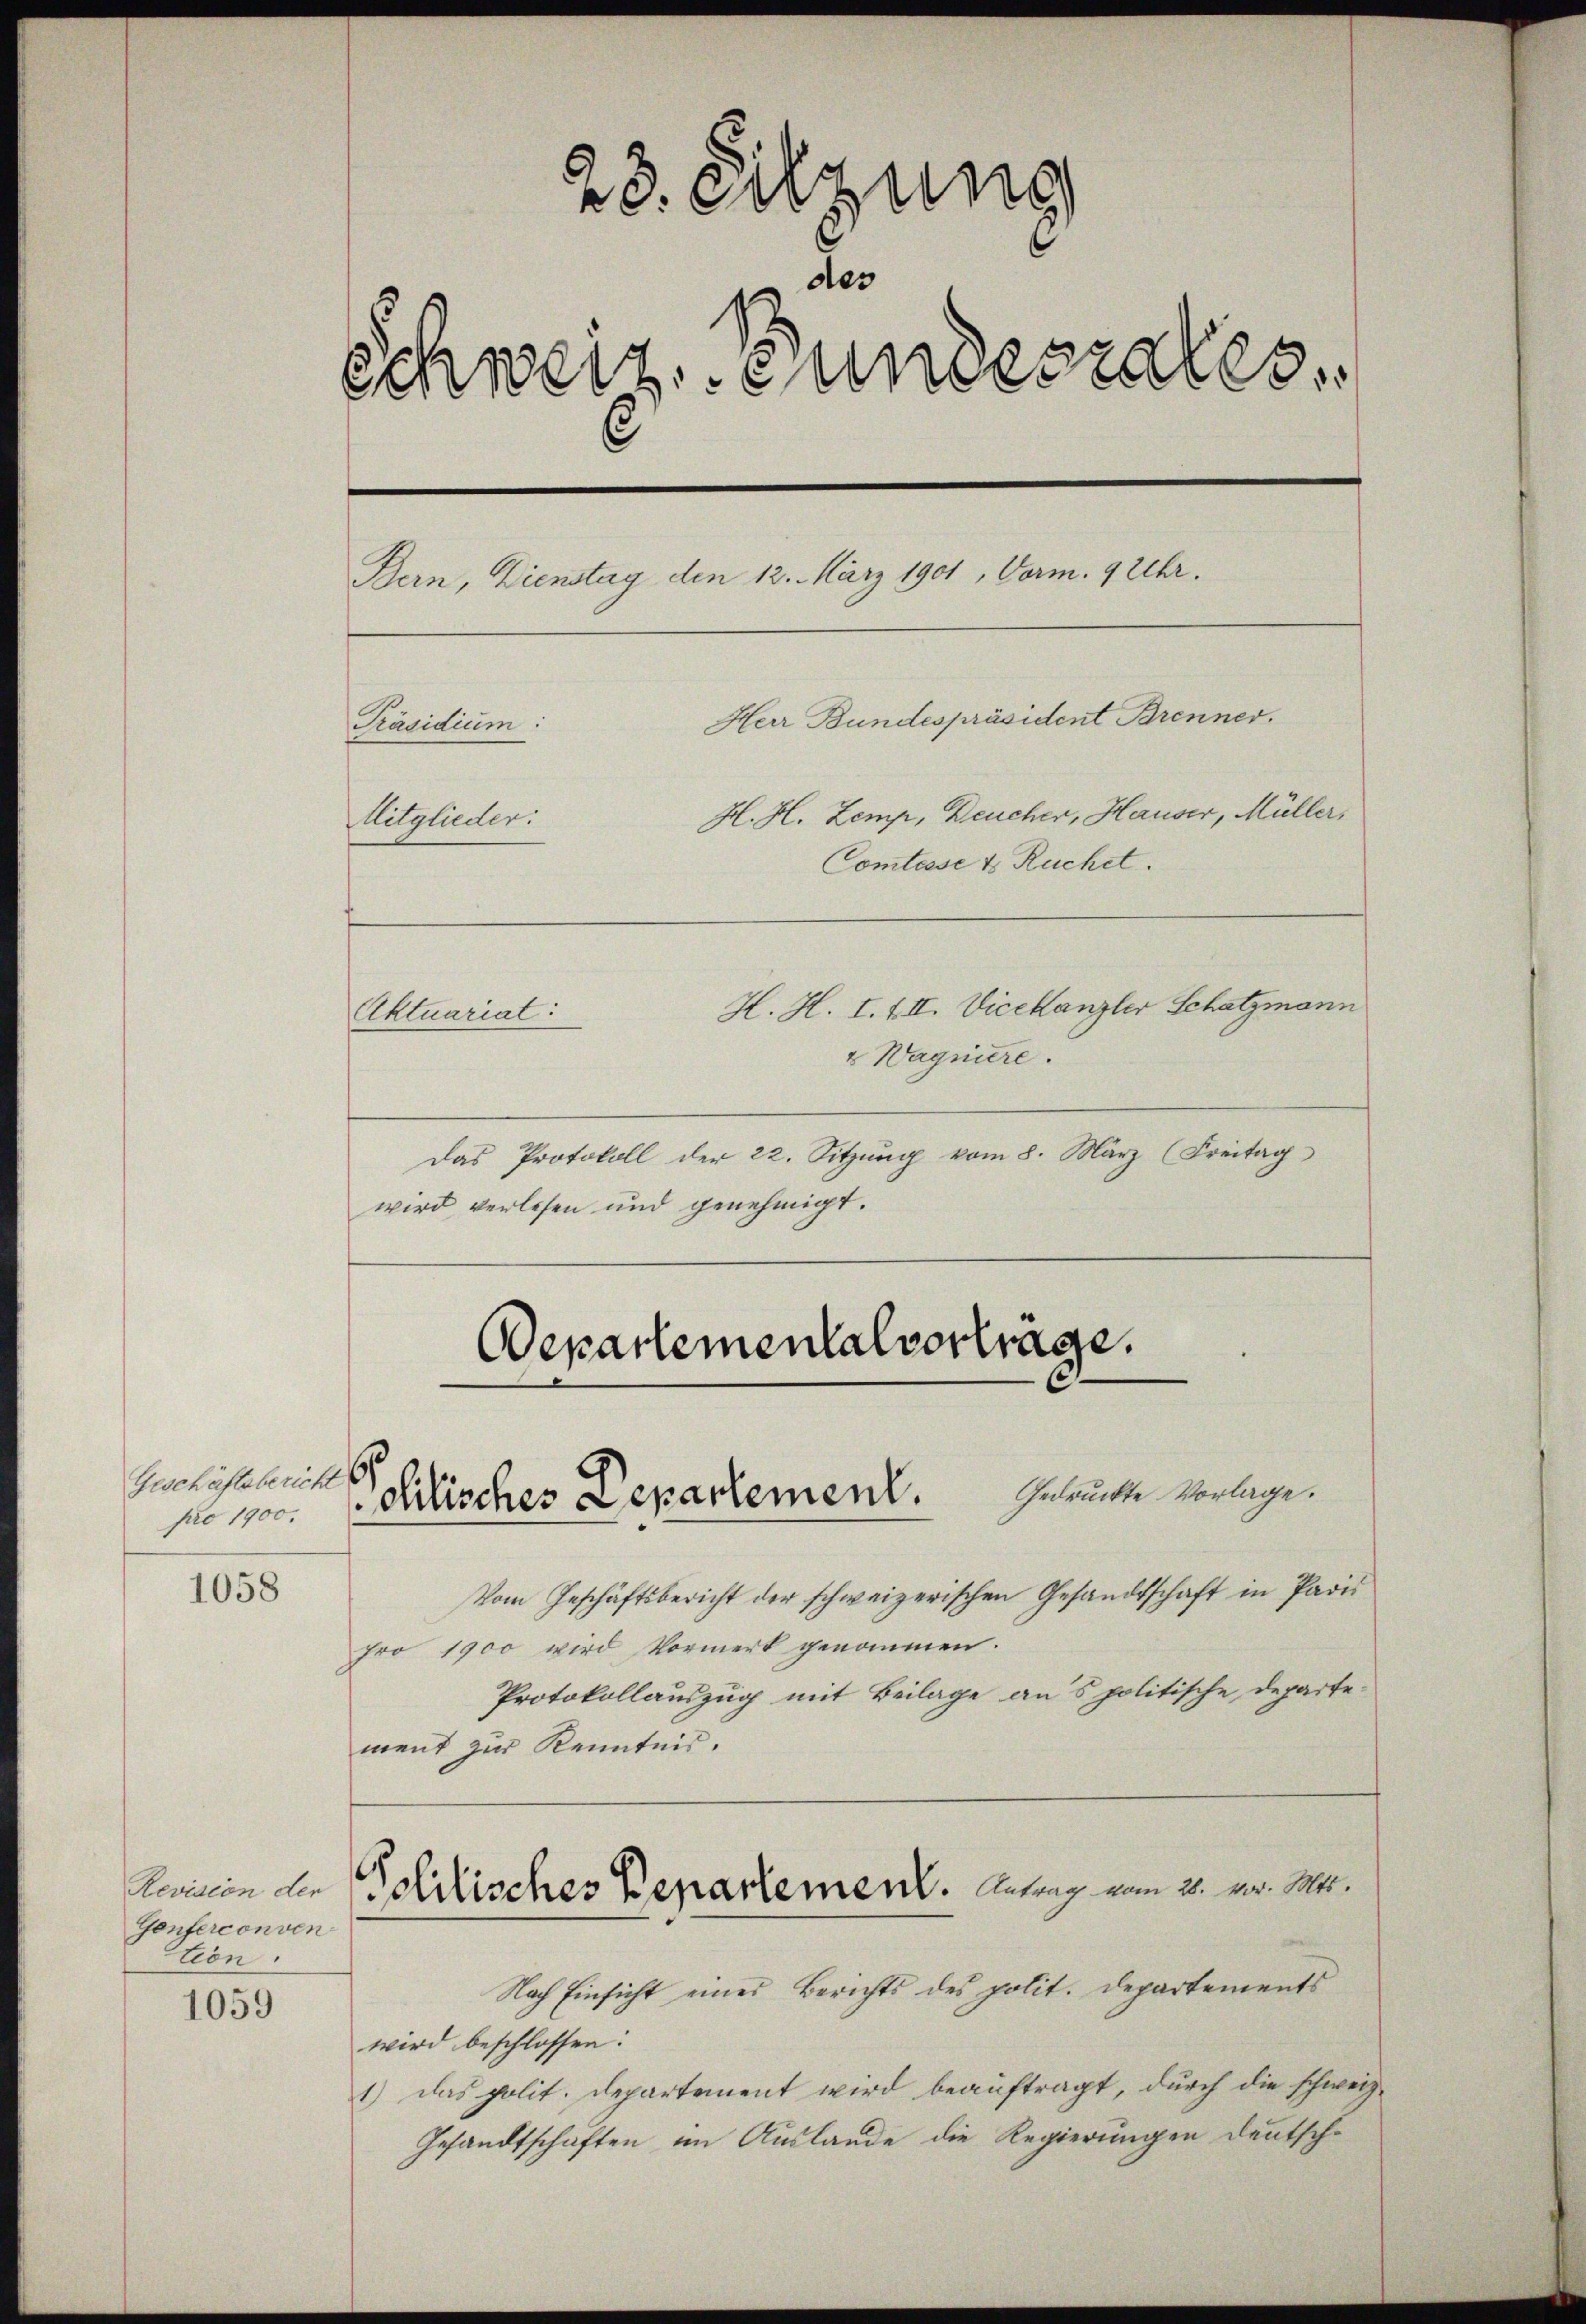
Geschäftsbericht
pro 1900.

1058

1059

23. Sitzung
6
des
Schweiz. Bundesrates,
Bern, Dienstag den 12. März 1901, Vorm. 9 Uhr.
Herr Bundespräsident Brenner.
Präsidium:
H. H. Zemp, Deucher, Hauser, Müller,
Mitglieder:
Comtesse & Ruchet.
H. H. I. III. Vicekanzler Schatzmann
Aktuariat:

Revision der
Genferconven
ction

& Wagniere.
Das Protokoll der 22. Sitzŭng vom 8. März (Freitag
wird verlesen und genehmigt.

Departemental vorträge.
Gedruckte Vorlage.
olitisches Departement.

Vom Geschäftsbericht der schweizerischen Gesandtschaft in Paris
pro 1900 wird Vormerk genommen.
Protokollauszug mit Beilage ans politische Departe-
ment zur Kenntnis.
Politisches Departement. Antrag vom 21. vor. Mar.
Nach Einsicht einer Berichts des polit. Departements
wird beschlossen:
1) das polit. Departement wird beauftragt, durch die schweiz.
Gesandtschaften im Auslande die Regierungen deutsch¬